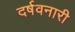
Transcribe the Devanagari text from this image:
दर्षवनारी